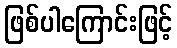
ဖြစ်ပါကြောင်းဖြင့်